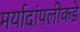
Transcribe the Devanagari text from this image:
मर्यादांपलीकडे